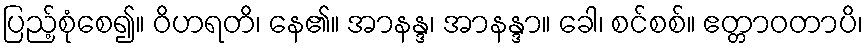
ပြည့်စုံစေ၍။ ဝိဟရတိ၊ နေ၏။ အာနန္ဒ၊ အာနန္ဒာ။ ခေါ၊ စင်စစ်။ ဧတ္တာဝတာပိ၊